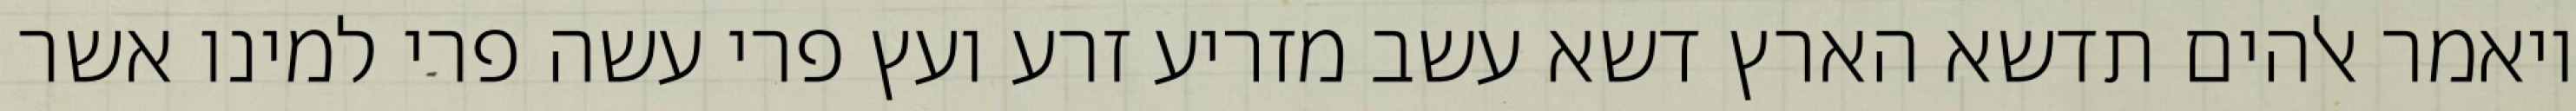
ויאמר אלהים תדשא הארץ דשא עשב מזריע זרע ועץ פרי עשה פרי למינו אשר